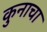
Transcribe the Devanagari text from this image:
कुनाचा